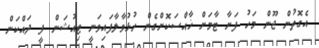
އެގޮތުން ޖޫން މަހު ފަށާ ޓާމަށް ޚާއްސަކޮށްގެން ހުޅުވާލާފައިވަނީ ޓިއުޝަން ފީ ދައްކަން